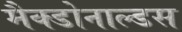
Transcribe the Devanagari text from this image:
मैक्डोनाल्डस